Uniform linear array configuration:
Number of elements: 16
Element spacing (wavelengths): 0.25
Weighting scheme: binomial
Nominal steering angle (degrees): -30
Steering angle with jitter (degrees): -28.688
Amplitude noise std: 0.05
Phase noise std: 0.05

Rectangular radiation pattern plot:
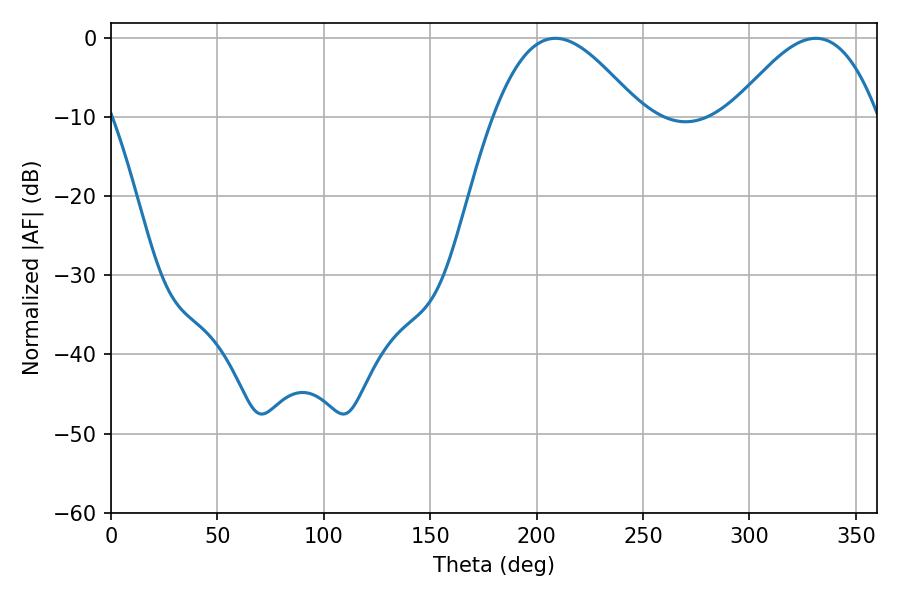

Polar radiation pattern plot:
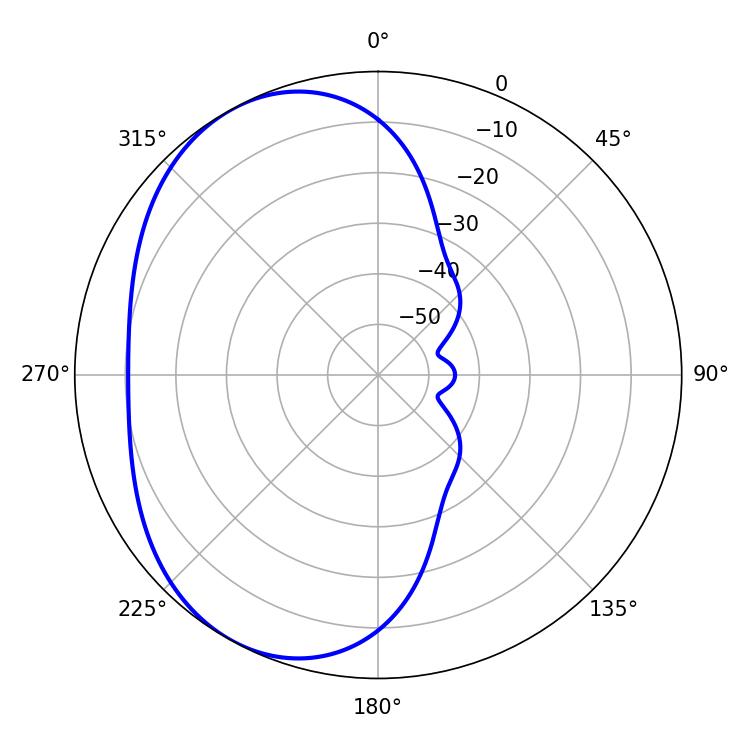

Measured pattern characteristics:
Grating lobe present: FALSE
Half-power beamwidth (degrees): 37.08
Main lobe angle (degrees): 208.8